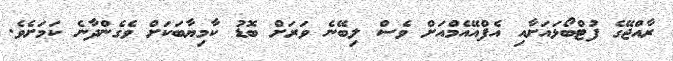
ރާއްޖޭގެ ފުޓްބޯޅައަށާއި އެފްއޭއެމްއަށް ވެސް ލިބޭނެ ވަރަށް ބޮޑު ކާމިޔާބަކަށް ވެގެންދާނެ ކަމަށެވެ.